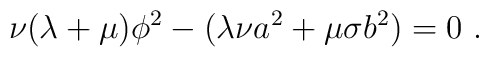
\nu(\lambda+\mu)\phi^2-(\lambda\nu a^2+\mu\sigma b^2)=0~.